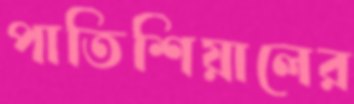
পাতিশিয়ালের